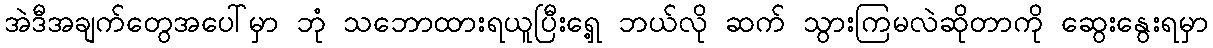
အဲဒီအချက်တွေအပေါ်မှာ ဘုံ သဘောထားရယူပြီးရှေ့ ဘယ်လို ဆက် သွားကြမလဲဆိုတာကို ဆွေးနွေးရမှာ